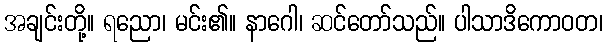
အချင်းတို့။ ရညော၊ မင်း၏။ နာဂေါ၊ ဆင်တော်သည်။ ပါသာဒိကောဝတ၊